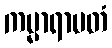
ကမ္မာရာမတံ